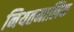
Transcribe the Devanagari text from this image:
नियतमालिक